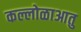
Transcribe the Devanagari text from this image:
कल्लोळाआतु